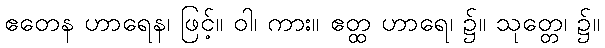
ဧတေန ဟာရေန၊ ဖြင့်။ ဝါ၊ ကား။ ဧတ္ထ ဟာရေ၊ ၌။ သုတ္တေ၊ ၌။